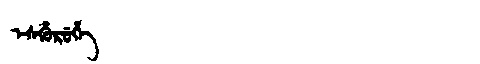
Manchu: ᡝᠰᡥᡠᡵᡠᡥᡝ
Romanization: ESHURUHE